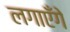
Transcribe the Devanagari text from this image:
लगाएँगे